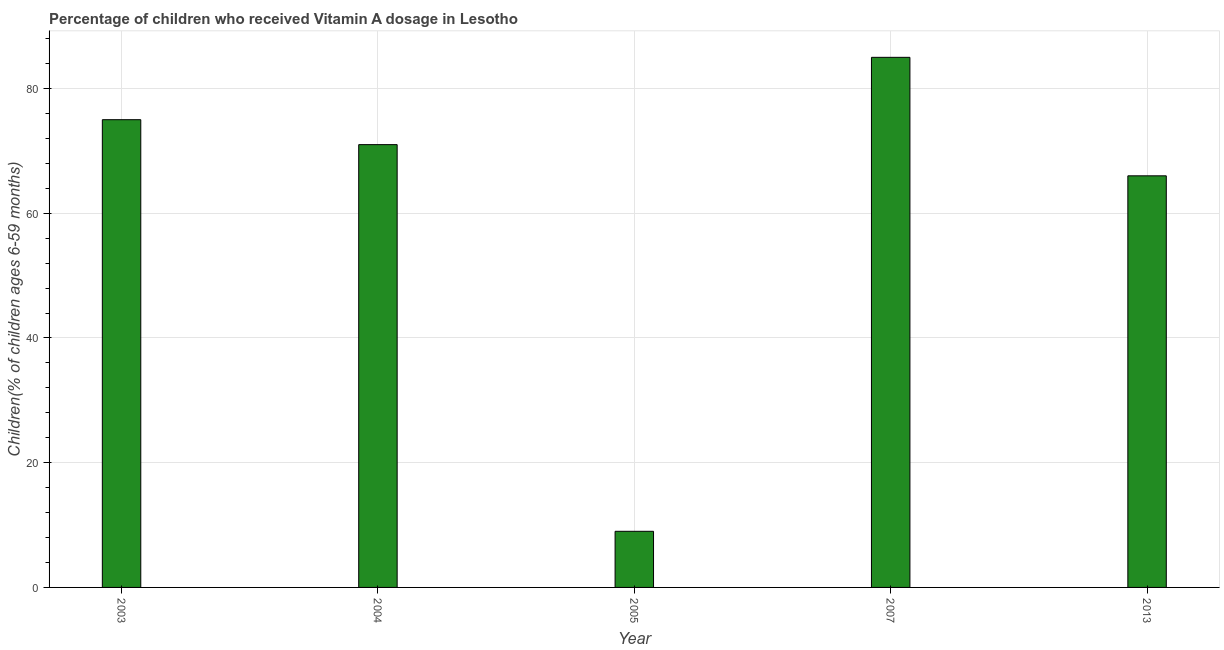
| Year | Vitamin A supplementation coverage rate  |
 | --- | --- |
 | 2003 | 75 |
 | 2004 | 71 |
 | 2005 | 9 |
 | 2007 | 85 |
 | 2013 | 66 |